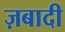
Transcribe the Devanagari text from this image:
ज़बादी